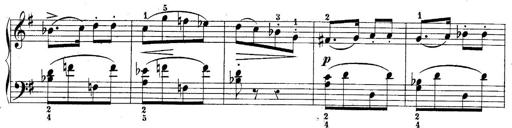
Title: 10 Sonatines progressives
Composer: Anton Schmoll